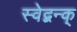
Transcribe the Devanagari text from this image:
स्वेद्बन्क्